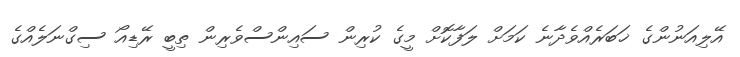
އޭލިއަނުންގެ ޚަބަރެއްވެދާނެ ކަމަށް ލަފާކޮށް މީގެ ކުރިން ސައިންސްވެރިން ތިބީ ރޭޑިއޯ ސިގްނަލެއްގެ